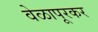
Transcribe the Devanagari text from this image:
वेळापूरकर